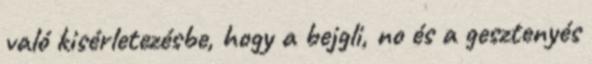
való kisérletezésbe, hogy a bejgli, no és a gesztenyés